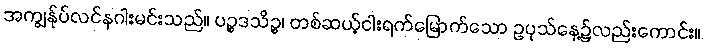
အကျွန်ုပ်လင်နဂါးမင်းသည်။ ပဉ္စဒသိဉ္စ၊ တစ်ဆယ့်ငါးရက်မြောက်သော ဥပုသ်နေ့၌လည်းကောင်း။